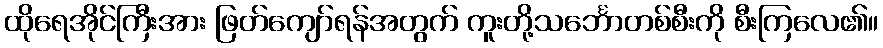
ထိုရေအိုင်ကြီးအား ဖြတ်ကျော်ရန်အတွက် ကူးတို့သင်္ဘောတစ်စီးကို စီးကြလေ၏။